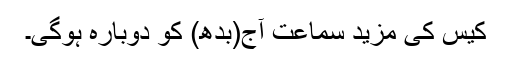
کیس کی مزید سماعت آج(بدھ) کو دوبارہ ہوگی۔